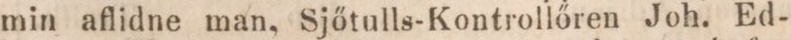
min aflidne man, Sjőtulls-Kontrollőren Joh. Ed-